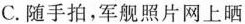
C.随手拍，军舰照片网上晒